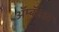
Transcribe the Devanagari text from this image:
ॲम्बॅसडर